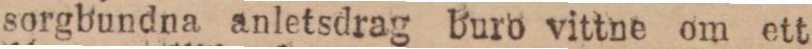
skan, tog den män från alla skiftningar af